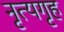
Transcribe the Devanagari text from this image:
नृत्यगृह